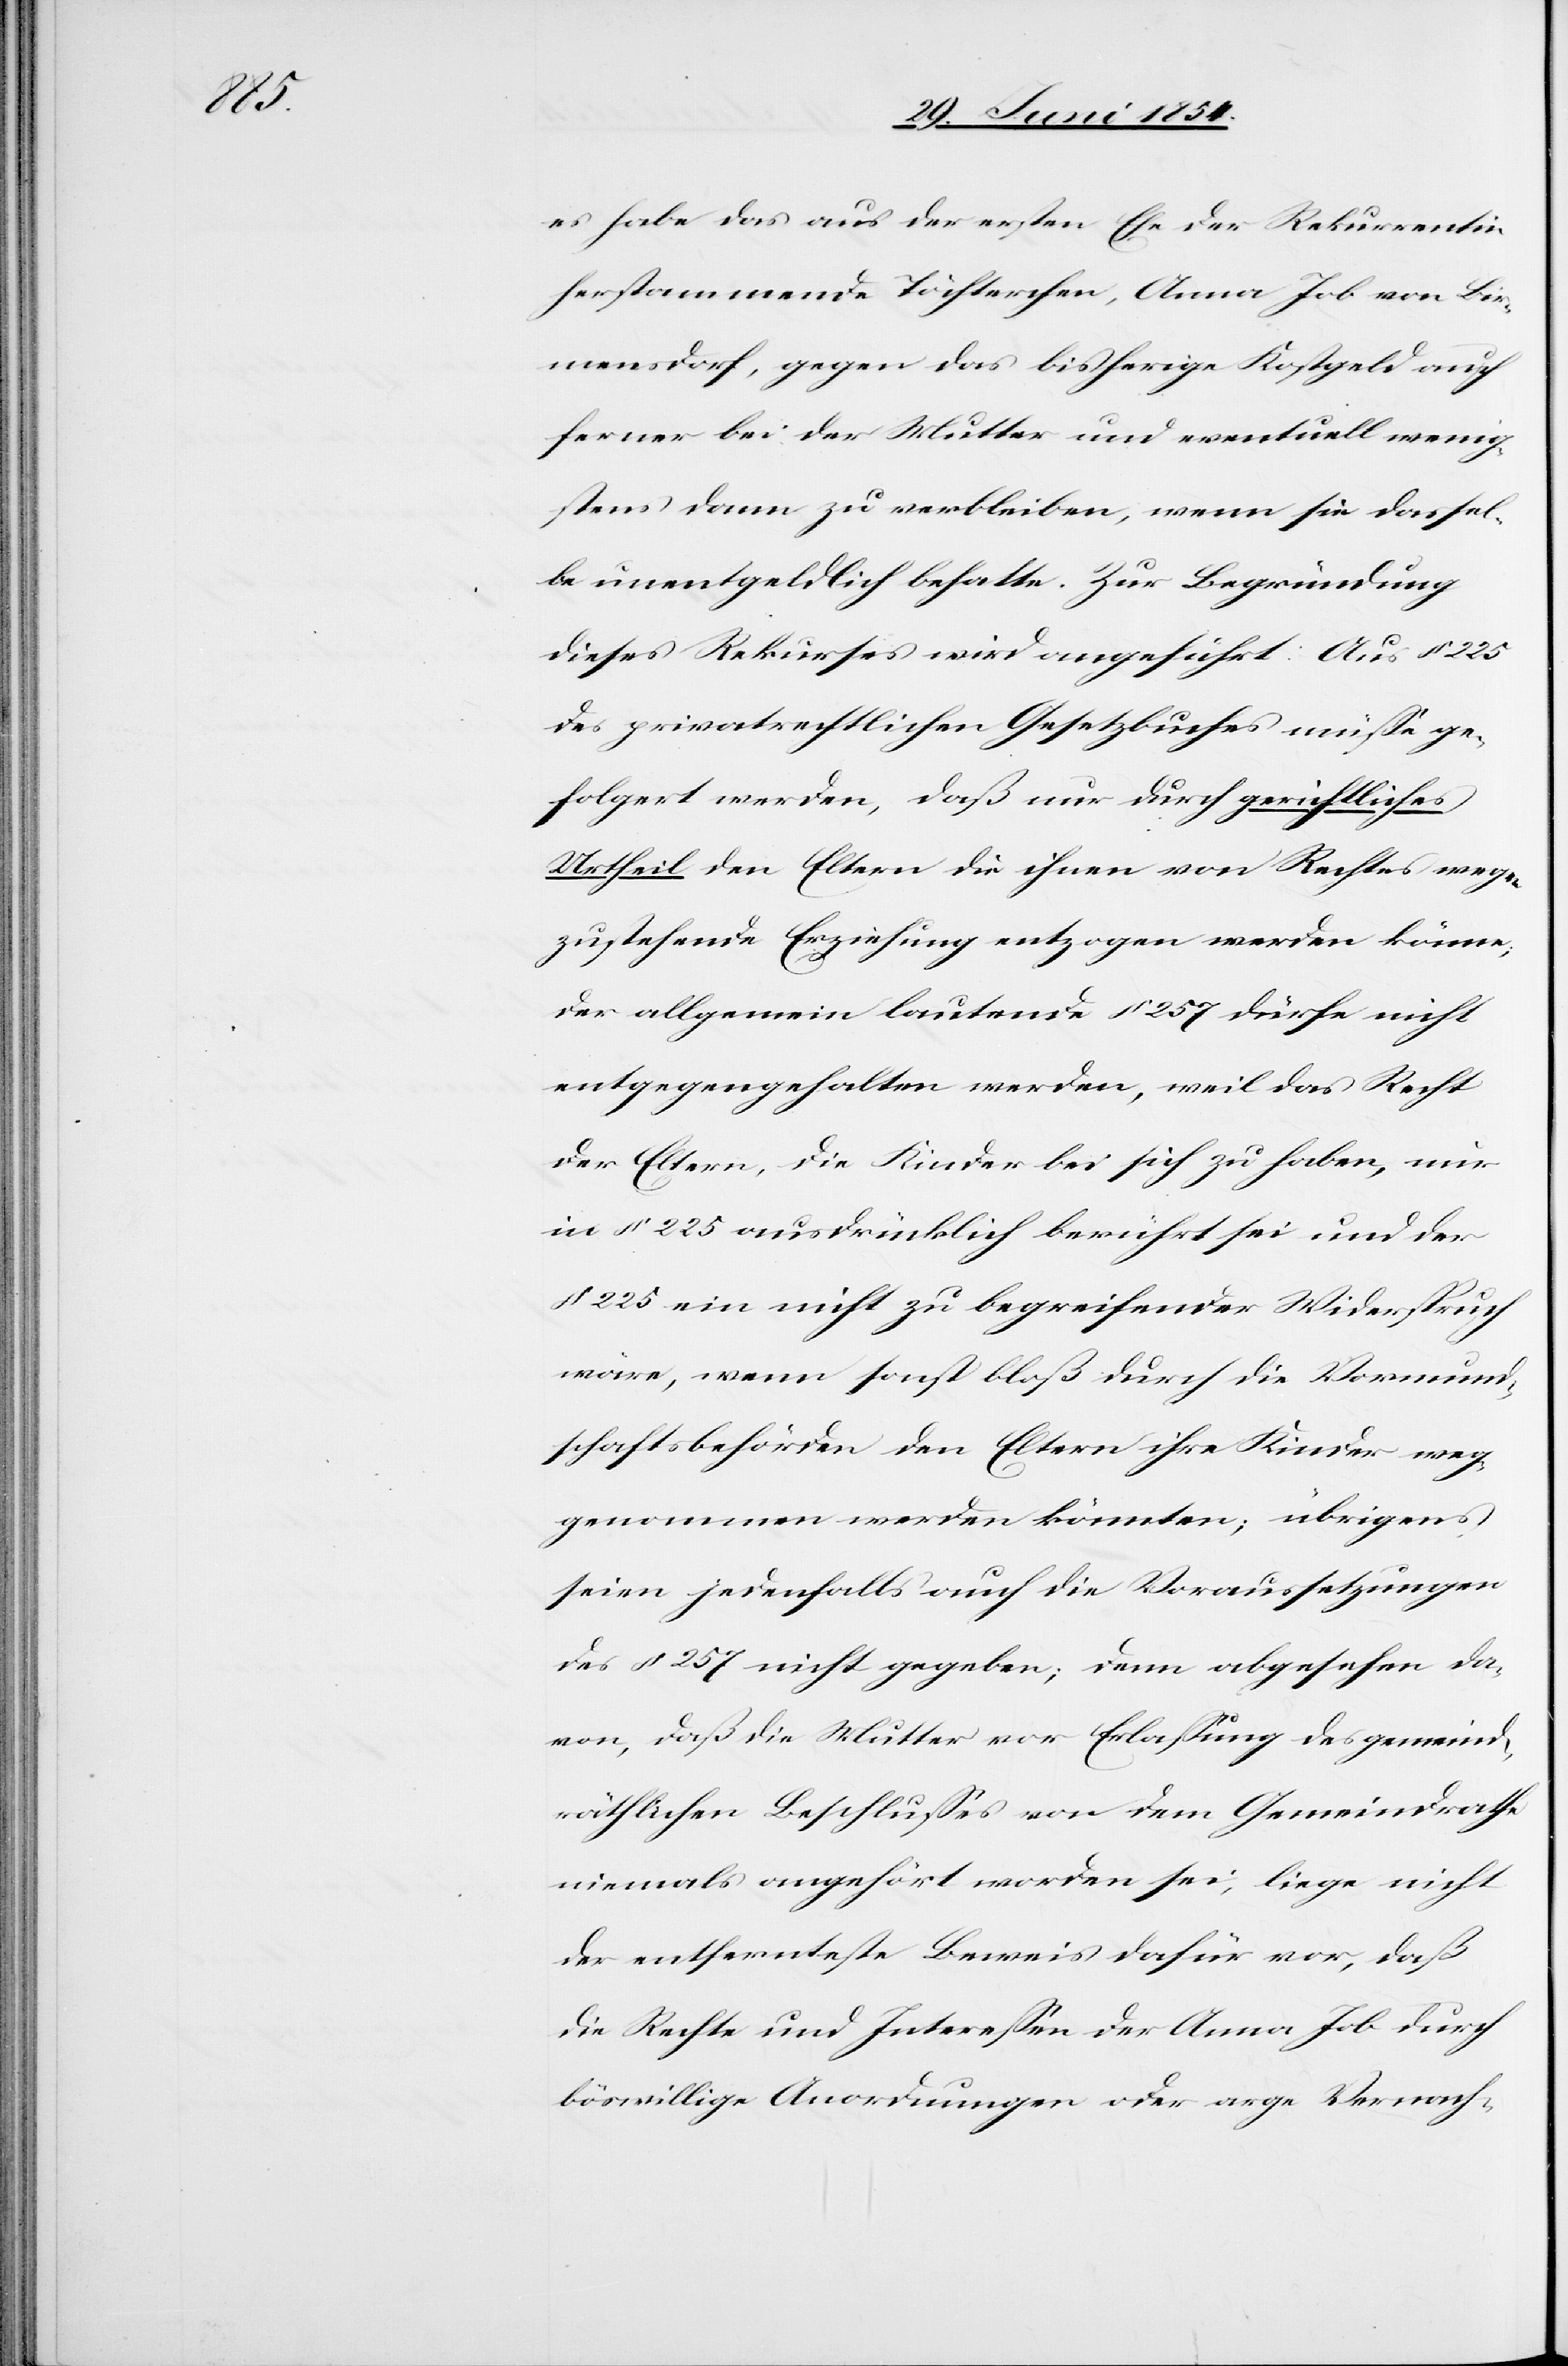
es habe das aus der ersten Ehe der Rekurrentin
herstammende Töchterchen, Anna Job von Bir¬
mensdorf, gegen das bisherige Kostgeld auch
ferner bei der Mutter und eventuell wenig¬
stens dann zu verbleiben, wenn sie dassel¬
be unentgeldlich behalte. Zur Begründung
dieses Rekurses wird angeführt: Aus § 225
des privatrechtlichen Gesetzbuches müße ge¬
folgert werden, daß nur durch gerichtliches
Urtheil den Eltern die ihnen von Rechtes wegen
zustehende Erziehung entzogen werden könne;
der allgemein lautende § 257 dürfe nicht
entgegengehalten werden, weil das Recht
der Eltern, die Kinder bei sich zu haben, nur
in § 225 ausdrücklich berührt sei und der
225 ein nicht zu begreifender Widerspruch
wäre, wenn sonst bloß durch die Vormund¬
schaftsbehörden den Eltern ihre Kinder weg¬
genommen werden könnten; übrigens
seien jedenfalls auch die Voraussetzungen
des § 257 nicht gegeben; denn abgesehen da¬
von, daß die Mutter vor Erlaßung des gemeind¬
räthlichen Beschlußes von dem Gemeindrathe
niemals angehört worden sei, liege nicht
der entfernteste Beweis dafür vor, daß
die Rechte und Intereßen der Anna Job durch
böswillige Anordnungen oder arge Vernach-